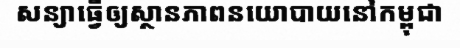
សន្យាធ្វើឲ្យស្ថានភាពនយោបាយនៅកម្ពុជា